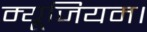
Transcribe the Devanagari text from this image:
म्यूजियम।